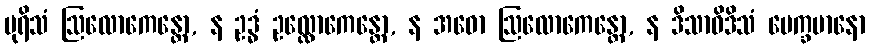
ပုရိသံ ဩလောကေန္တော, န ဥဒ္ဓံ ဥလ္လောကေန္တော, န အဓော ဩလောကေန္တော, န ဒိသာဝိဒိသံ ပေက္ခမာနော